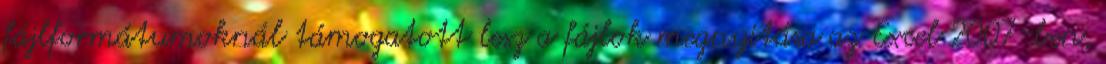
fájlformátumoknál támogatott lesz a fájlok megnyitása az Excel 2007-ben,